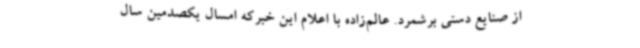
از صنایع دستی برشمرد. عالم‌زاده با اعلام این خبرکه امسال یکصدمین سال